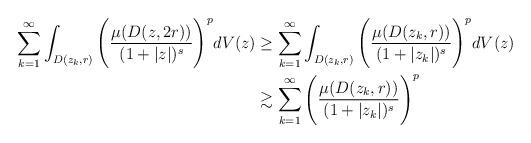
LaTeX: \begin{align*} \sum_{k=1}^\infty \int_{D(z_k,r)} \Bigg( \frac{\mu(D(z, 2r))}{(1+|z|)^s}\Bigg)^p dV(z)&\geq \sum_{k=1}^\infty \int_{D(z_k,r)} \Bigg( \frac{\mu(D(z_k, r))}{(1+|z_k|)^s}\Bigg)^p dV(z)\\&\gtrsim \sum_{k=1}^\infty \Bigg( \frac{\mu(D(z_k, r))}{(1+|z_k|)^s}\Bigg)^p\end{align*}